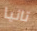
تانيا